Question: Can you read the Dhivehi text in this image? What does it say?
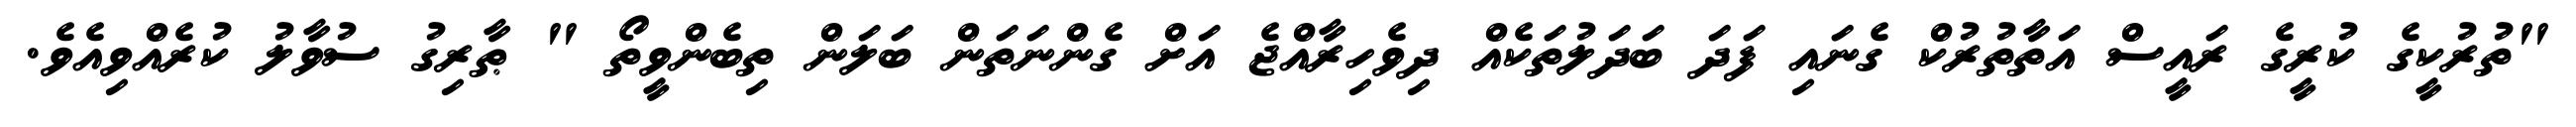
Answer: "ތުރުކީގެ ކުރީގެ ރައީސް އަތާތުރުކް ގެނައި ފަދަ ބަދަލުތަކެއް ދިވެހިރާއްޖެ އަށް ގެންނަތަން ބަލަން ތިބެންވީތޯ " ޠާރިގު ސުވާލު ކުރެއްވިއެވެ.